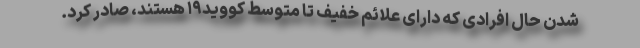
شدن حال افرادی که دارای علائم خفیف تا متوسط کووید۱۹ هستند، صادر کرد.